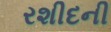
રશીદની